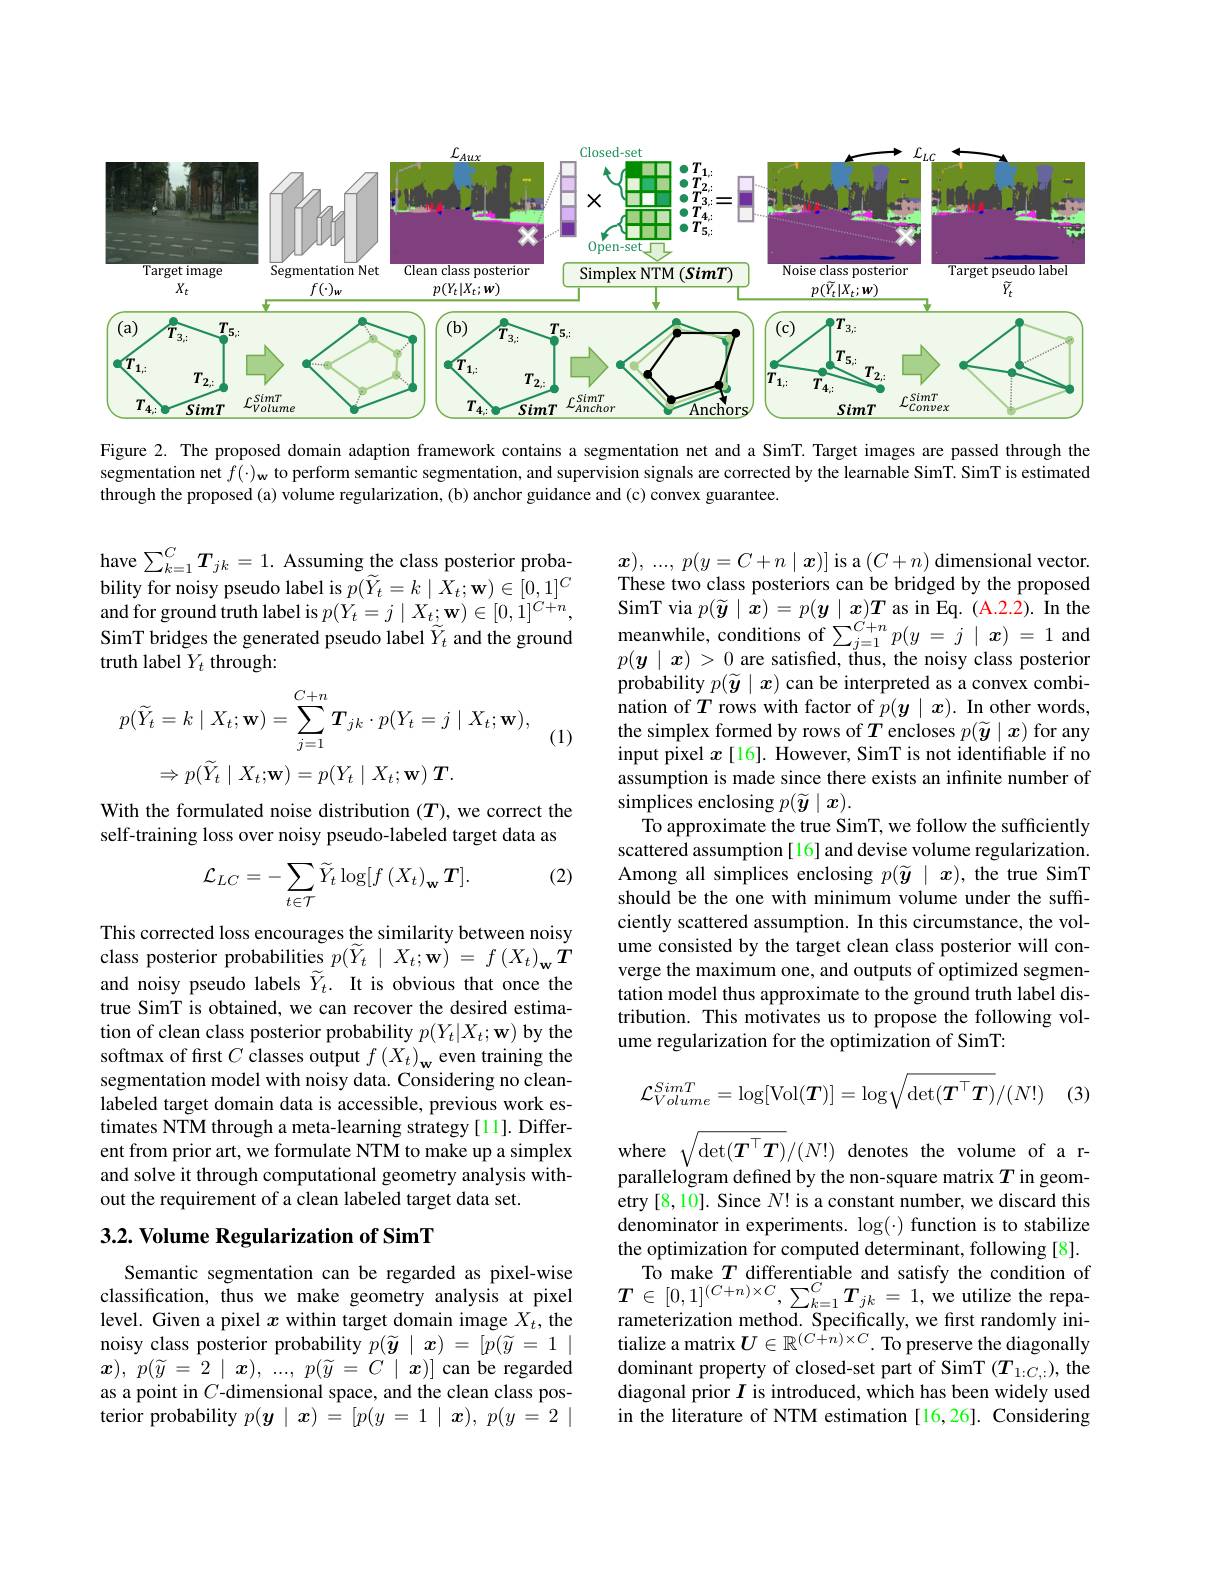
<FigureHere>

Figure 2. The proposed domain adaption framework contains a segmentation net and a SimT. Target images are passed through the segmentation net $f(\cdot)_{\mathbf{w}}$ to perform semantic segmentation, and supervision signals are corrected by the learnable SimT. SimT is estimated through the proposed (a) volume regularization, (b) anchor guidance and (c) convex guarantee

have $\sum_{k=1}^{C}T_{jk}=1.$ Assuming the class posterior probability for noisy pseudo label is $p(\widetilde{Y}_{t}=k\mid\hat{X}_{t};\mathbf{w})\in[0,1]^{C}$ $\begin{aligned}&\text{and for ground truth label is }p(Y_{t}=j\mid X_{t};\mathbf{w})\in[0,1]^{C+n},\:&\text{SimT via }p(\widetilde{y}\mid x)=p(\boldsymbol{y}\mid\boldsymbol{x})T\mathrm{~as~in~Eq.~(A.2.2).~In~the}\\&\text{SimT bridges the generated pseudo label }\widetilde{Y}_{t}\mathrm{~and~the~ground~}&&\text{meanwhile, conditions of }\sum_{j=1}^{C+n}p(y=j\mid x)=1\end{aligned}$
$$\begin{aligned}p(\widetilde{Y}_{t}&=k\mid X_{t};\mathbf{w})=\sum_{j=1}^{C+n}\boldsymbol{T}_{jk}\cdot p(Y_{t}=j\mid X_{t};\mathbf{w}),\\&\Rightarrow p(\widetilde{Y}_{t}\mid X_{t};\mathbf{w})=p(Y_{t}\mid X_{t};\mathbf{w})\:\boldsymbol{T}.\end{aligned}$$
(1)

$\boldsymbol{x}) $, ..., $p( y= C+ n\mid \boldsymbol{x}) ]$ is a$(C+n)$ dimensional vector. These two class posteriors can be bridged by the proposed probability $p(\widetilde{\boldsymbol{y}}\mid\boldsymbol{x})$ can be interpreted as a convex combination of $T$ rows with factor of $p(\boldsymbol y\mid\boldsymbol x).$ In other words, the simplex formed by rows of $T$ encloses $p(\widetilde{\boldsymbol{y}}\mid x)$ for any input pixel $x$ [16]. However, SimT is not identifiable if no assumption is made since there exists an infinite number of simplices enclosing $p(\widetilde{\boldsymbol{y}}\mid\boldsymbol{x}).$
To approximate the true SimT, we follow the sufficiently scattered assumption [16] and devise volume regularization. Among all simplices enclosing $p(\widetilde{\boldsymbol{y}}\mid\boldsymbol{x})$, the true SimT should be the one with minimum volume under the suffciently scattered assumption. In this circumstance, the volume consisted by the target clean class posterior will converge the maximum one, and outputs of optimized segmentation model thus approximate to the ground truth label distribution. This motivates us to propose the following volume regularization for the optimization of SimT:

With the formulated noise distribution $(T)$, we correct the self-training loss over noisy pseudo-labeled target data as

(2)
$$\mathcal{L}_{LC}=-\sum_{t\in\mathcal{T}}\widetilde{Y}_{t}\log[f\left(X_{t}\right)_{\mathbf{w}}\boldsymbol{T}].$$
This corrected loss encourages the similarity between noisy class posterior probabilities $p( \widetilde{Y} _{t}\mid X_{t}; \mathbf{w} )$ = $f\left ( X_{t}\right ) _{\mathbf{w} }\dot{T}$ and noisy pseudo labels $\widetilde{Y}_t.$ It is obvious that once the true SimT is obtained, we can recover the desired estimation of clean class posterior probability $p(Y_t|X_t;\mathbf{w})$ by the softmax of first $C$ classes output $f\left(X_t\right)_\mathbf{w}$ even training the segmentation model with noisy data. Considering no cleanlabeled target domain data is accessible, previous work estimates NTM through a meta-learning strategy[11]. Different from prior art, we formulate NTM to make up a simplex and solve it through computational geometry analysis without the requirement of a clean labeled target data set.
$$\mathcal{L}_{Volume}^{SimT}=\log[\mathrm{Vol}(\boldsymbol{T})]=\log\sqrt{\det(\boldsymbol{T}^\top\boldsymbol{T})}/(N!)$$
(3)

### $3. 2. \textbf{ Volume Regularization of SimT}$

where $\sqrt{\det(\boldsymbol{T}^{\top}\boldsymbol{T})}/(N!)$ denotes the volume of a parallelogram defined by the non-square matrix $T$ in geometry [8,10]. Since $N!$ is a constant number, we discard this denominator in experiments. $\log(\cdot)$ function is to stabilize the optimization for computed determinant, following [8].
To make $T$ differentiable and satisfy the condition of $T\in[0,1]^{(C+n)\times C},\sum_{k=1}^{C}\boldsymbol{T}_{jk}=1$,we utilize the reparameterization method. Specifically, we fırst randomly initialize a matrix $U\in\mathbb{R}^{(C+n)\times C}.$ To preserve the diagonally dominant property of closed-set part of SimT $(T_{1:C,:})$, the diagonal prior $I$ is introduced, which has been widely used in the literature of NTM estimation [16,26]. Considering

Semantic segmentation can be regarded as pixel-wise classification, thus we make geometry analysis at pixel level. Given a pixel $x$ within target domain image $X_t$, the noisy class posterior probability $p(\widetilde{y}\mid x)=[p(\widetilde{y}=1\mid$ $x) $, $p( \widetilde{y} = 2\mid \boldsymbol{x}) $, ..., $p( \widetilde{y} = C\mid \boldsymbol{x}) ]$ can be regarded as a point in $C$-dimensional space, and the clean class posterior probability $p( \boldsymbol{y}\mid \boldsymbol{x}) = [ p( y= 1\mid \boldsymbol{x}) $, $p( y= 2\mid$